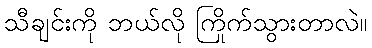
သီချင်းကို ဘယ်လို ကြိုက်သွားတာလဲ။